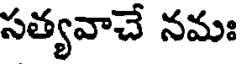
సత్యవాచే నమః